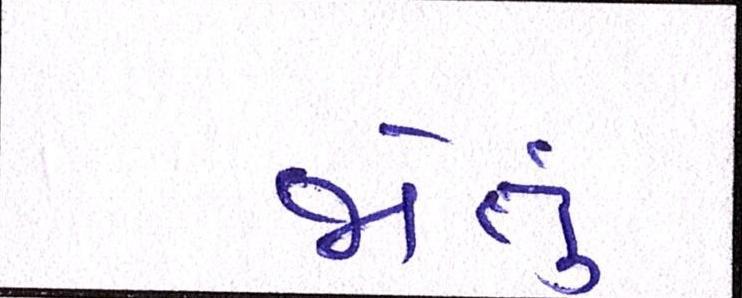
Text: જોતું